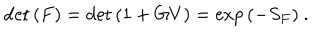
LaTeX: \det { ( F ) } = \det { ( 1 + G V ) } = \exp { ( - S _ { F } ) } ~ .